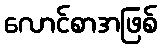
လောင်စာအဖြစ်